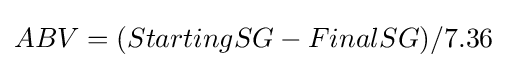
ABV=(StartingSG-FinalSG)/7.36